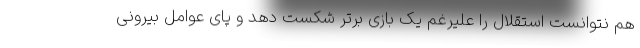
هم نتوانست استقلال را علیرغم یک بازی برتر شکست دهد و پای عوامل بیرونی